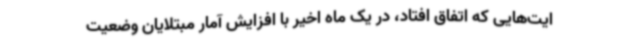
ایت‌هایی که اتفاق افتاد، در یک ماه اخیر با افزایش آمار مبتلایان وضعیت